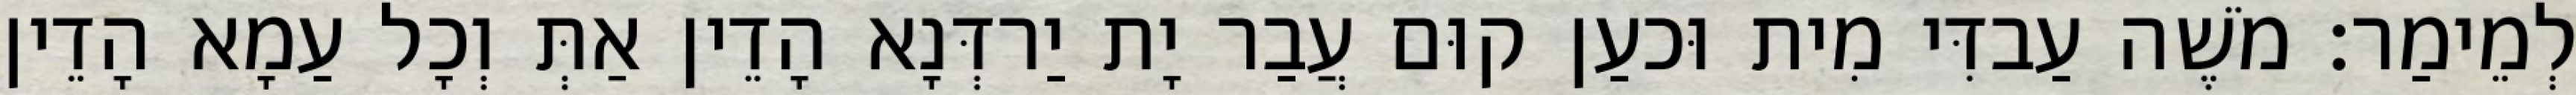
לְמֵימַר׃ מֹשֶׁה עַבדִּי מִית וּכעַן קוּם עֲבַר יָת יַרדְּנָא הָדֵין אַתְּ וְכָל עַמָא הָדֵין